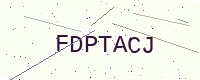
Text: FDPTACJ